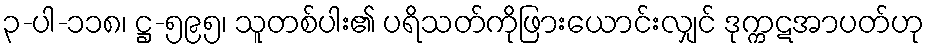
၃-ပါ-၁၁၈၊ ဋ္ဌ-၅၉၅၊ သူတစ်ပါး၏ ပရိသတ်ကိုဖြားယောင်းလျှင် ဒုက္ကဋအာပတ်ဟု